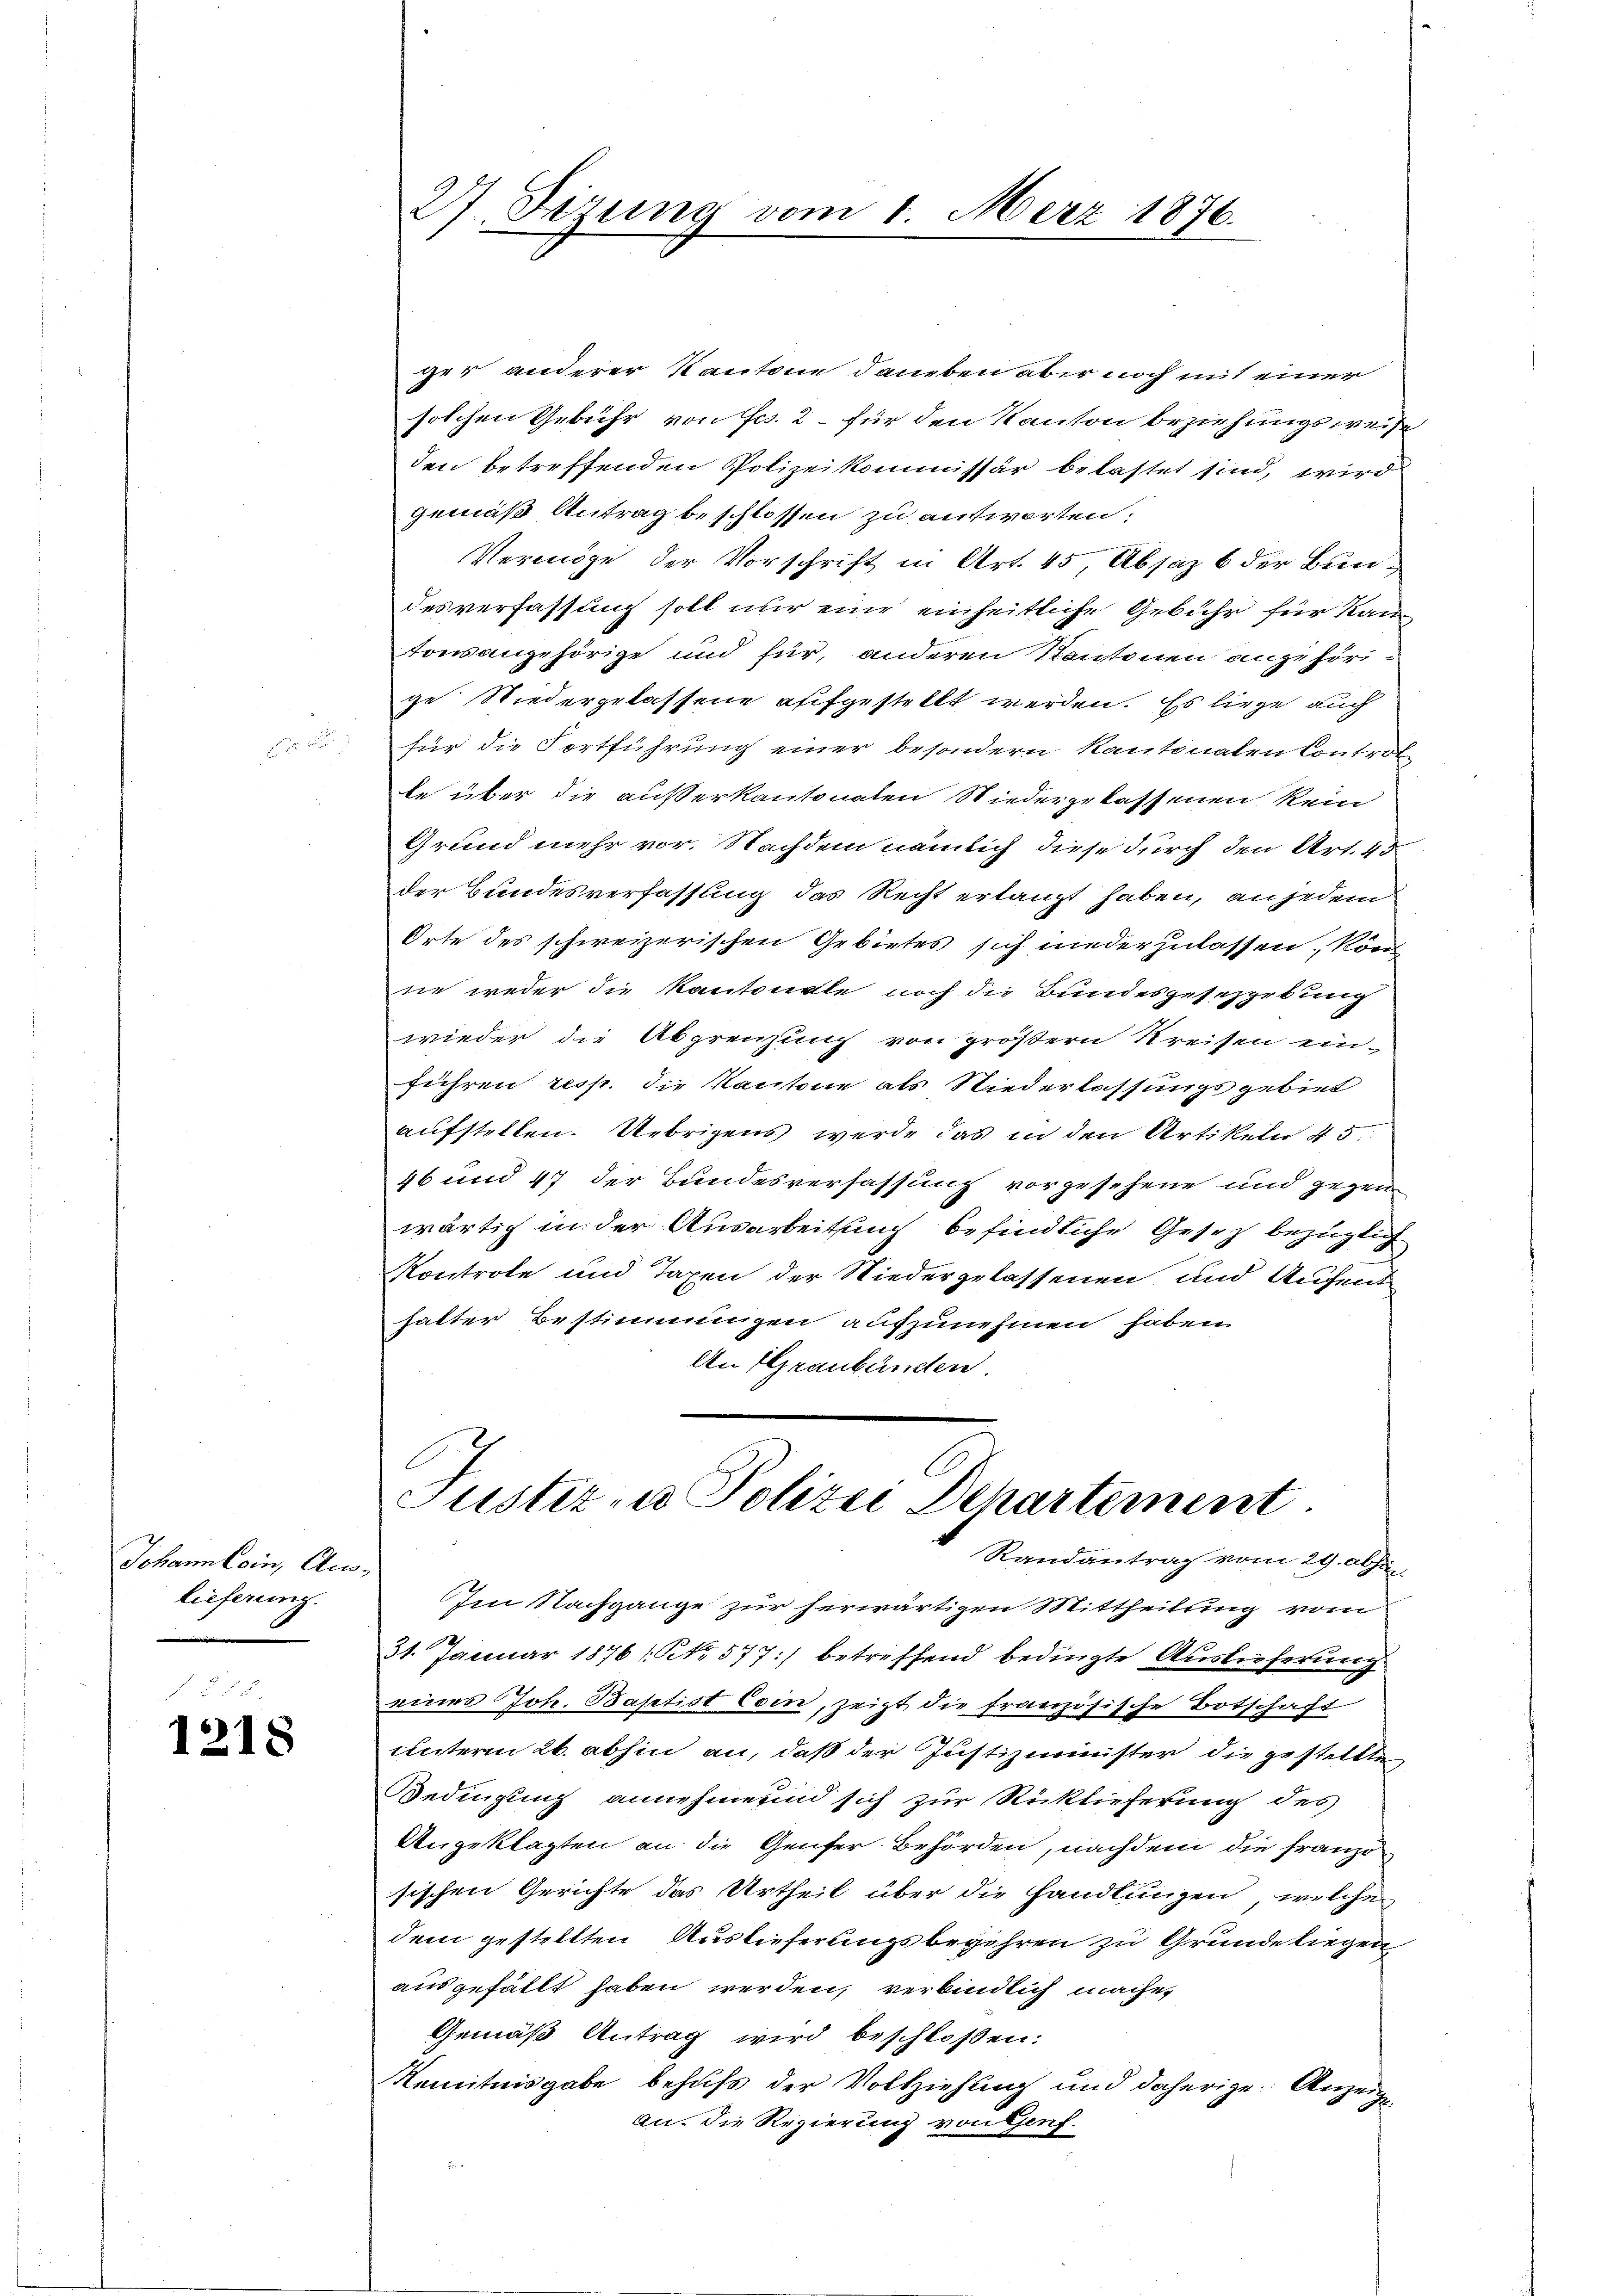
Johann lein, Au
lieferung.

1218

27. Sizung vom 1. März 1876.

ger anderer Kantone daneben aber noch mit einer
solchen Gebühr von Frs. 2 – für den Kanton beziehungsweise
den betreffenden Polizeikommissär belastet sind, wird
gemäß Antrag beschlossen zu antworten;
Vermöge der Vorschrift in Art. 45, Absaz 6 der Bundesverfassung soll nur eine einheitliche Gebühr für Kan
towangehörige und für, anderen Kantonen angehörige Niedergelassene aufgestellt werden. Es liege auch
für die Fortführung einer besondern Kantonalen Control
te über die außerkantonalen Wiedergelassenen kein
Grund mehr vor. Nachdem nämlich diese durch den Art. 45
der Bundesverfassung das Recht erlangt haben, an jedem
Orte des schweizerischen Gebietes sich niederzulassen, kön
ne weder die Kantonale noch die Bundesgesetzgebung
wieder die Abgrenzung von größern Kreisen ein-
führen resp. die Kantone als Niederlassungsgebiet
aufstellen. Uebrigens werde das in den Artikeln 45.
46 und 47 der Bundesverfassung vorgesehene und gegen
wärtig in der Ausarbeitung befindliche Gesetz bezüglich
Kontrole und Taxen der Niedergelassenen und Aufent
halter Bestimmungen aufzunehmen haben.
An Graubünden
Justiz- u Polizei Departement.
Randantrag vom 29. Abh
Im Nachgange zur herwärtigen Mittheilung vom
31. Januar 1876 (NNo. 577:/ betreffend bedingte Auslieferung
eines Joh. Baptist Coin, zeigt die französische Botschaft
unterm 24. abhin an, daß der Justizminister die gestellte
Bedingung annehmend sich zur Rücklieferung des
Angeklagten an die Genfer Behörden, nachdem die Franzo
sischen Gerichte das Urtheil über die Handlungen, welche
dem gestellten Auslieferungsbegehren zu Grunde liegen
ausgefällt haben werden, verbindlich machen
Gemäß Antrag wird beschloßen:
Kenntnisgabe behufs der Vollziehung und daherige Anzeige
an, die Regierung von Genf.